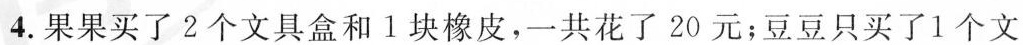
4.果果买了2个文具盒和1块橡皮，一共花了20元；豆豆只买了1个文